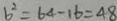
b ^ { 2 } = 6 4 - 1 6 = 4 8